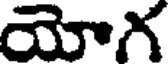
యోగ